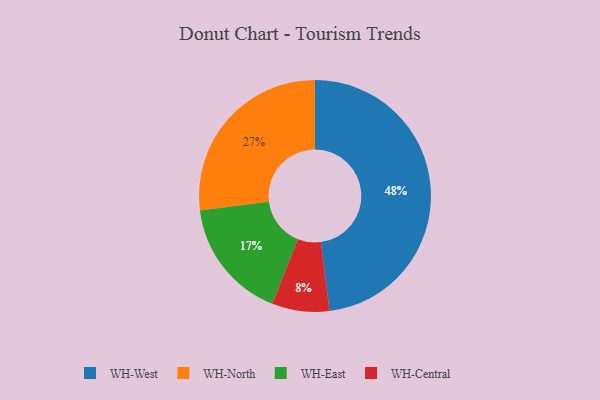
{"axis": {"x": "Category", "y": "Percentage"}, "legend": ["WH-Central", "WH-East", "WH-North", "WH-West"], "data": [{"x": "WH-East", "y": 17, "type": "WH-East"}, {"x": "WH-North", "y": 27, "type": "WH-North"}, {"x": "WH-Central", "y": 8, "type": "WH-Central"}, {"x": "WH-West", "y": 48, "type": "WH-West"}]}